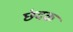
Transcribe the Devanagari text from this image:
छंदक